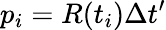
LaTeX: p_{i}=R(t_{i})\Delta t^{\prime}